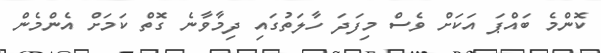
ކޮންމެ ބައްޕަ އަކަށް ވެސް މިފަދަ ހާލަތުގައި ދިމާވާނެ ގޮތް ކަމަށް އެންމެން